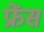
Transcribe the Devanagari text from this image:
फ्रेंस